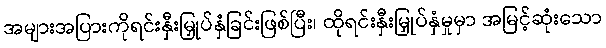
အများအပြားကိုရင်းနှီးမြှုပ်နှံခြင်းဖြစ်ပြီး၊ ထိုရင်းနှီးမြှုပ်နှံမှုမှာ အမြင့်ဆုံးသော